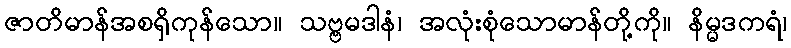
ဇာတိမာန်အစရှိကုန်သော။ သဗ္ဗမဒါနံ၊ အလုံးစုံသောမာန်တို့ကို။ နိမ္မဒကရံ၊